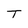
Character: T